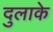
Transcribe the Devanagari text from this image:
दुलाके